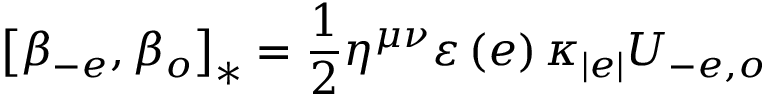
\left[ \beta _ { - e } , \beta _ { o } \right] _ { \ast } = \frac { 1 } { 2 } \eta ^ { \mu \nu } \varepsilon \left( e \right) \kappa _ { \left\vert e \right\vert } U _ { - e , o }